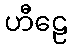
ဟီဠေ